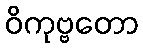
ဝိကုဗ္ဗတော